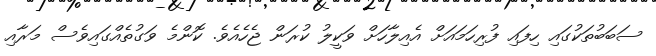
ސަބަބުތަކުގައި ހިފައި ފުރިހަމައަށް އެއިލާހަށް ވަކީލު ކުރަން ޖެހެއެވެ. ކޮންމެ ވަގުތެއްގައިވެސް މަރާއި